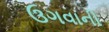
ઉગવાની